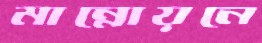
মান্নোয়নে